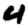
Digit: 4